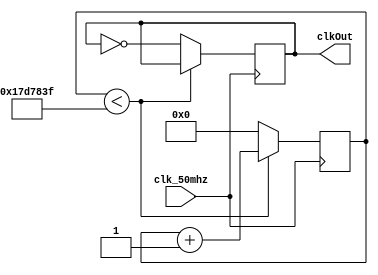
module clockDivider(clk_50mhz, clkOut);

	input clk_50mhz;
	output clkOut;
	
	reg [24:0] count_reg = 0;
	reg clkOut = 0;

	always @(posedge clk_50mhz) 
	begin
		if (count_reg < 24999999) begin
				count_reg <= count_reg + 1;
		end
		else begin
			count_reg <= 0;
			clkOut <= ~clkOut;
		end
	end
endmodule